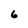
Character: 6